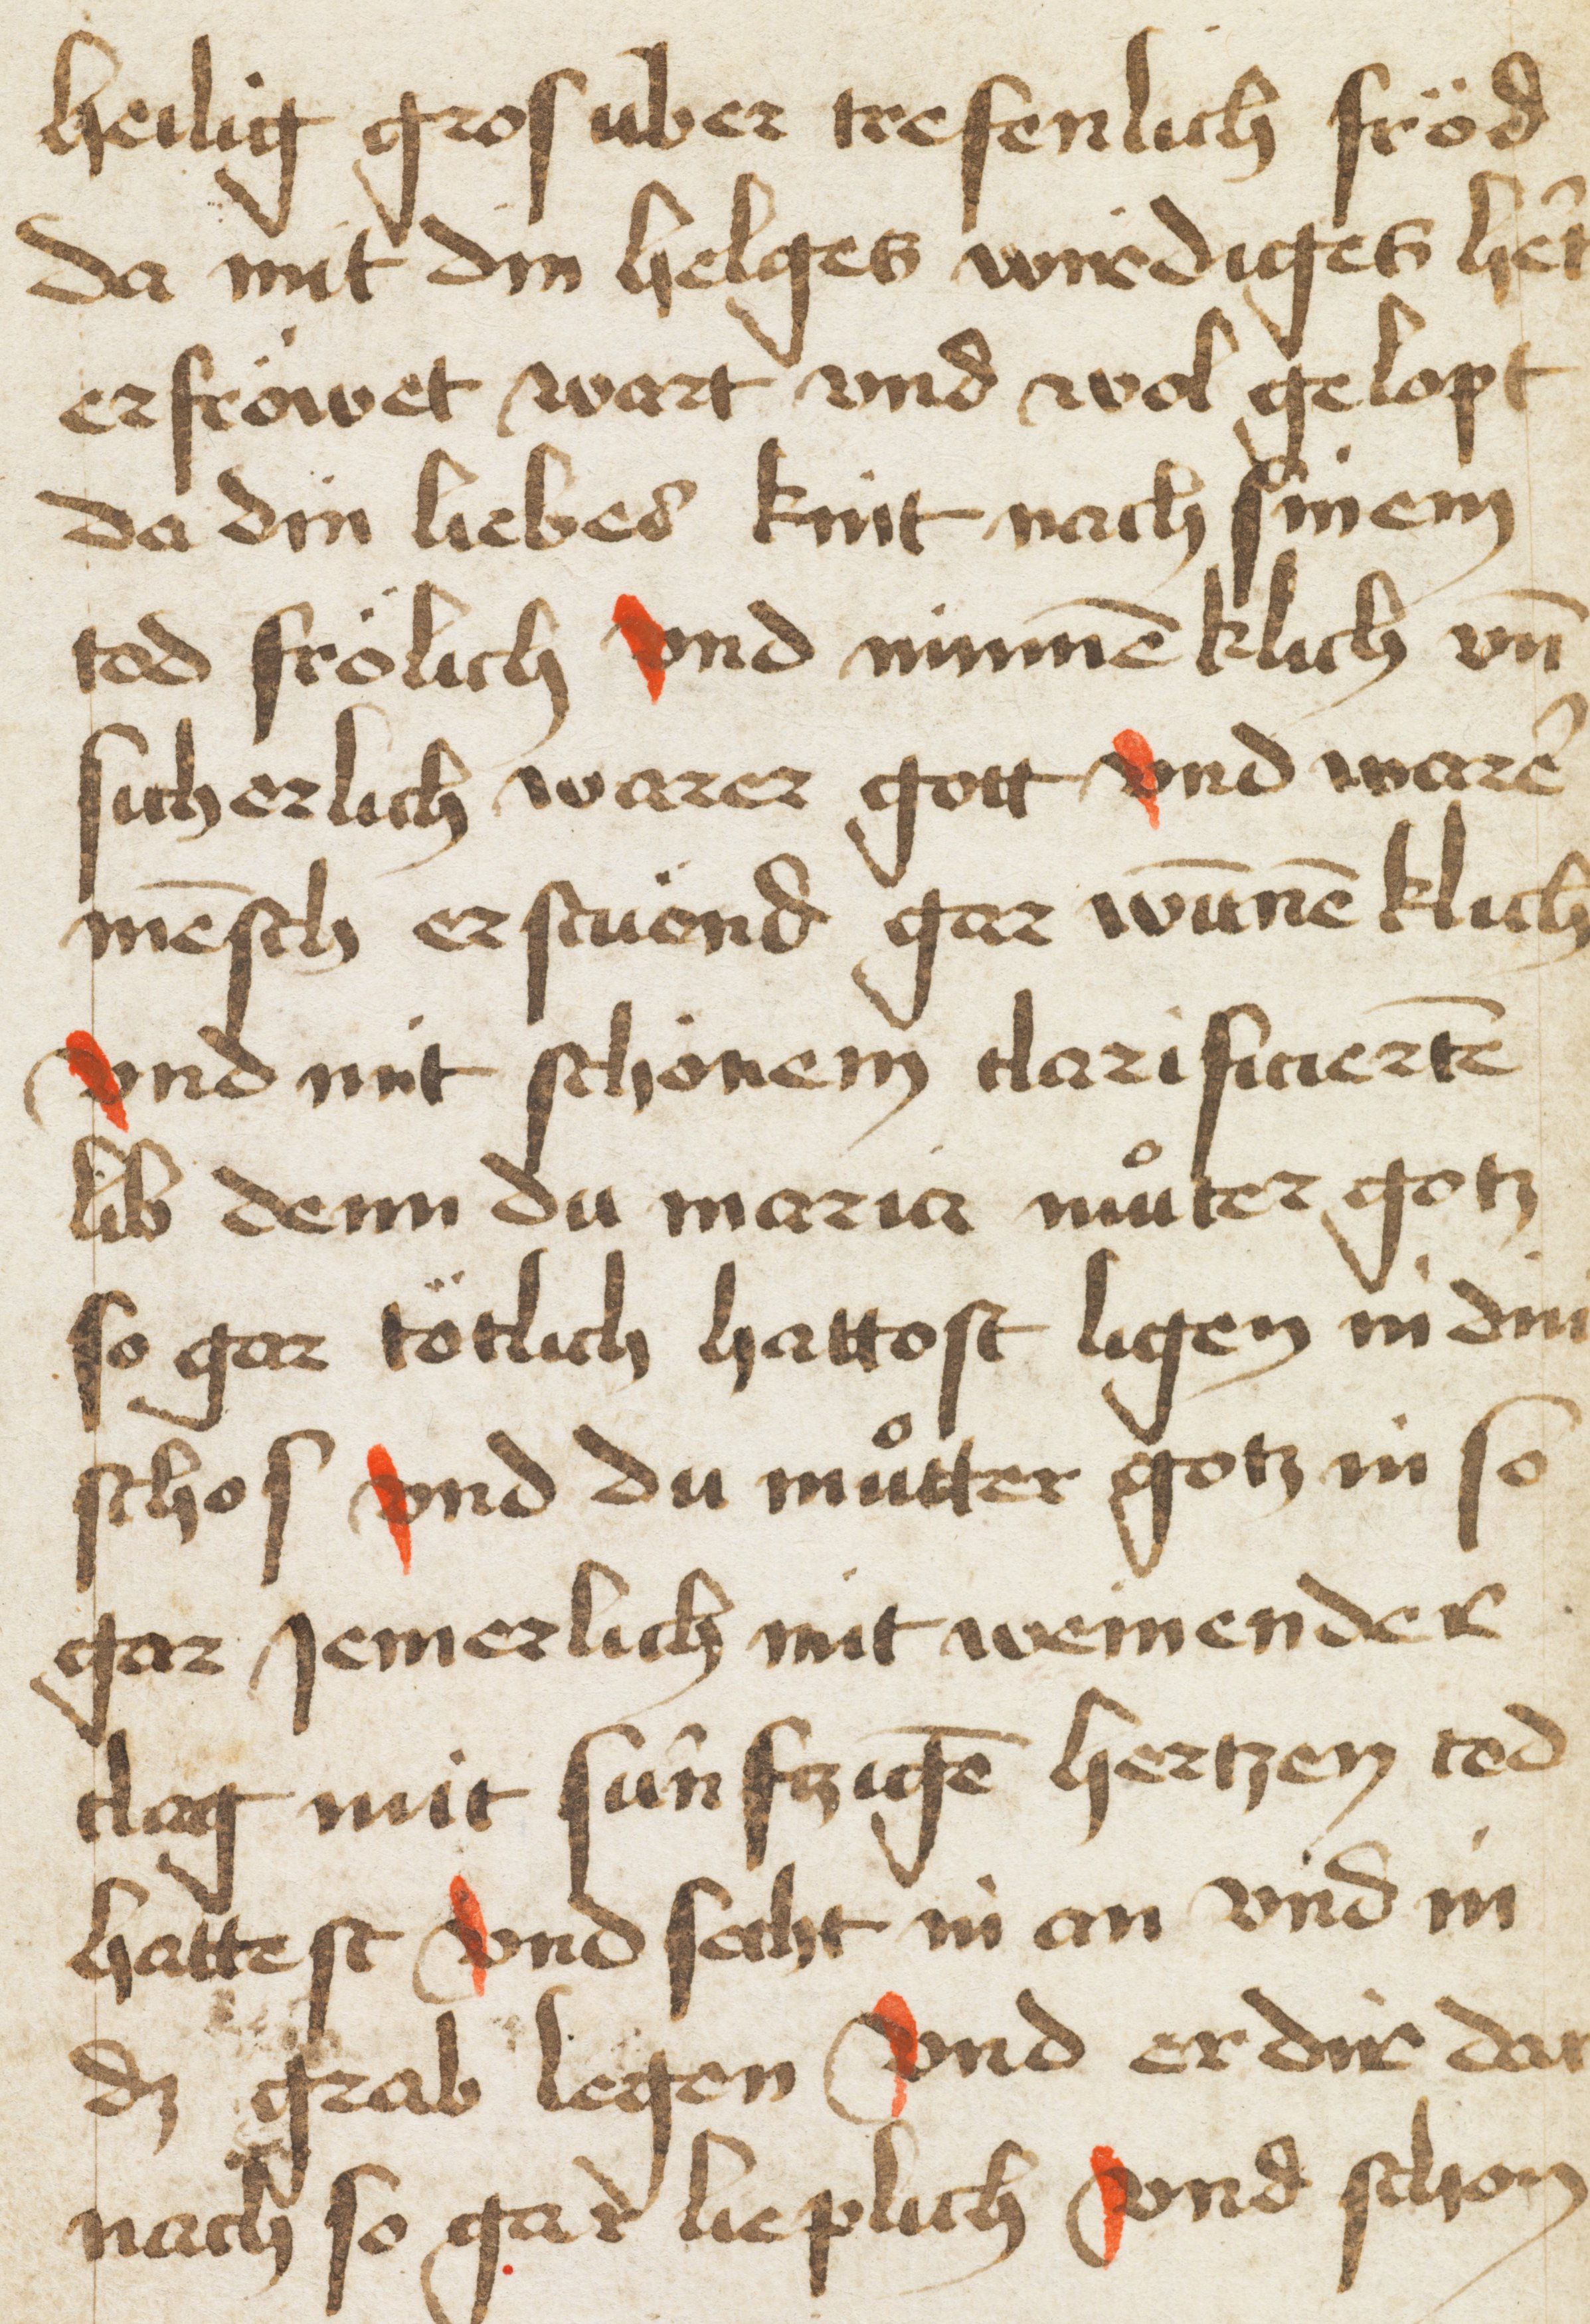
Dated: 1466–1466